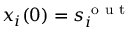
x _ { i } ( 0 ) = s _ { i } ^ { \mathrm { ~ o ~ u ~ t ~ } }